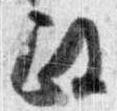
政